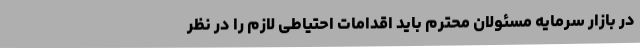
در بازار سرمایه مسئولان محترم باید اقدامات احتیاطی لازم را در نظر